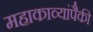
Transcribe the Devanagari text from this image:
महाकाव्यांपैकी